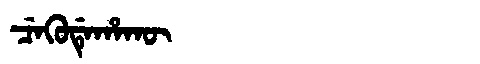
Manchu: ᠴᡝᡴᡠᡩᡝᡥᠠᡴᡡ
Romanization: CEKUDEHAKŪ